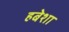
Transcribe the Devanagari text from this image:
हबेशा